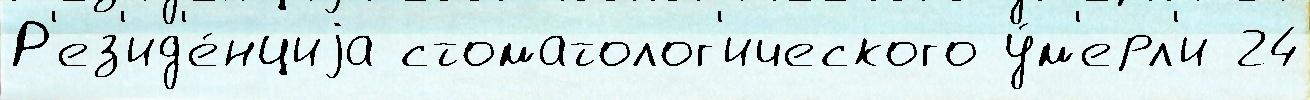
Р'ез'ид'е́нциjа стоматолог'ического у́м'ерл'и 24